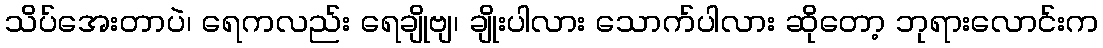
သိပ်အေးတာပဲ၊ ရေကလည်း ရေချိုဗျ၊ ချိုးပါလား သောက်ပါလား ဆိုတော့ ဘုရားလောင်းက